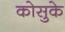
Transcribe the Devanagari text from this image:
कोसुके